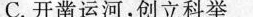
C.开凿运河，创立科举